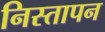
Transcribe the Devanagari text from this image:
निस्तापन